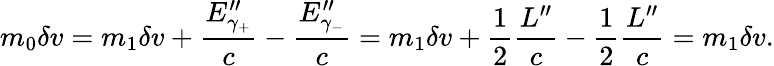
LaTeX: m_{0}\delta v=m_{1}\delta v+\frac{E_{\gamma_{+}}^{\prime\prime}}{c}-\frac{E_{\gamma_{-}}^{\prime\prime}}{c}=m_{1}\delta v+{\frac{1}{2}}\frac{L^{\prime\prime}}c-{\frac{1}{2}}\frac{L^{\prime\prime}}c=m_{1}\delta v.